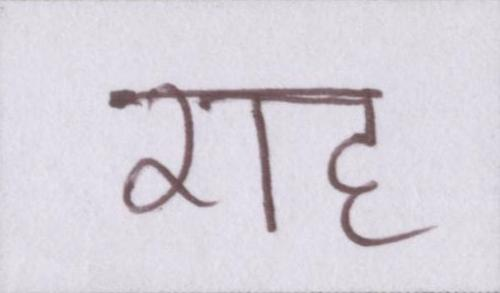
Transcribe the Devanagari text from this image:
राह